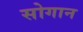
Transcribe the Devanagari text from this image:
सोगान